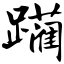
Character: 躏